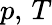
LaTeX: p,\, T